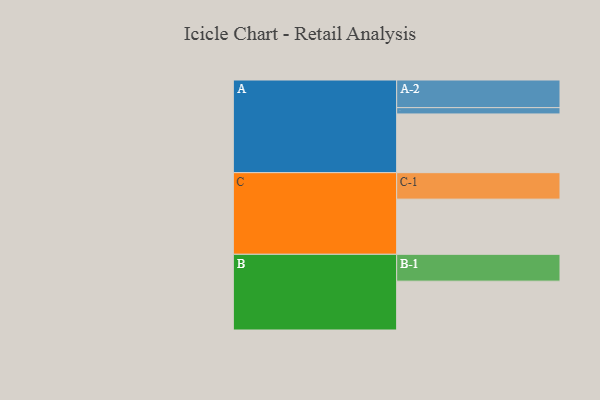
{"axis": {"x": "Segment", "y": "Value"}, "legend": ["", "A", "B", "C"], "data": [{"x": "A", "y": 595, "type": ""}, {"x": "B", "y": 495, "type": ""}, {"x": "C", "y": 559, "type": ""}, {"x": "A-1", "y": 64, "type": "A"}, {"x": "A-2", "y": 280, "type": "A"}, {"x": "B-1", "y": 272, "type": "B"}, {"x": "C-1", "y": 268, "type": "C"}]}